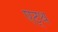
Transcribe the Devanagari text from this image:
एट्थ